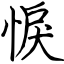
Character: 悷